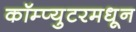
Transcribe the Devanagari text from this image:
कॉम्प्युटरमधून